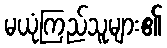
မယုံကြည်သူများ၏